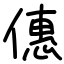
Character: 僡